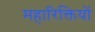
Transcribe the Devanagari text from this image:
महारिक्तियों